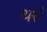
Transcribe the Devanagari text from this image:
थर्स